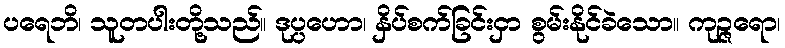
ပရေဘိ၊ သူတပါးတို့သည်။ ဒုပ္ပဟော၊ နှိပ်စက်ခြင်းငှာ စွမ်းနိုင်ခဲသော။ ကုဉ္ဇရော၊